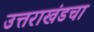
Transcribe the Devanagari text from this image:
उत्तराखंडचा